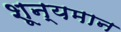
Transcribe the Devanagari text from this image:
शून्यमान